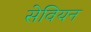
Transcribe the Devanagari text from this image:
सेवियन